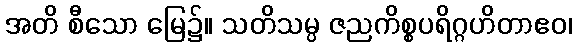
အတိ စီသော မြေ၌။ သတိသမ္ပ ဇညကိစ္စပရိဂ္ဂဟိတာဧဝ၊